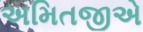
અમિતજીએ